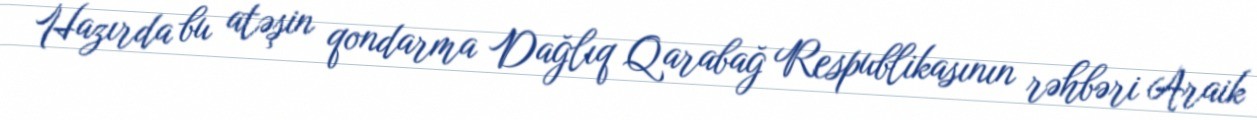
Hazırda bu atəşin qondarma Dağlıq Qarabağ Respublikasının rəhbəri Araik